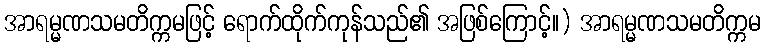
အာရမ္မဏသမတိက္ကမဖြင့် ရောက်ထိုက်ကုန်သည်၏ အဖြစ်ကြောင့်။) အာရမ္မဏသမတိက္ကမ